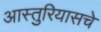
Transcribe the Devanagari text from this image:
आस्तुरियासचे